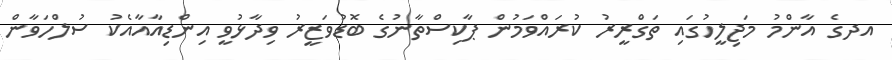
އދގެ އާންމު މަޖިލީހުގައި ތަގްރީރު ކުރައްވަމުން ޕާކިސްތާނުގެ ބޮޑުވަޒީރު ވިދާޅުވީ އިންޑިއާއާއެކު ސުލްހަވާން